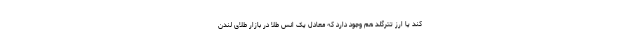
کند یا ارز تترگلد هم وجود دارد که معادل یک انس طلا در بازار طلای لندن